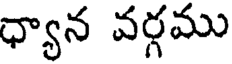
ధ్యాన వర్గము